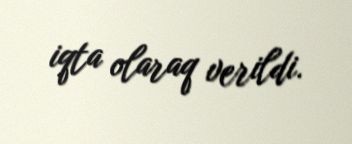
iqta olaraq verildi.